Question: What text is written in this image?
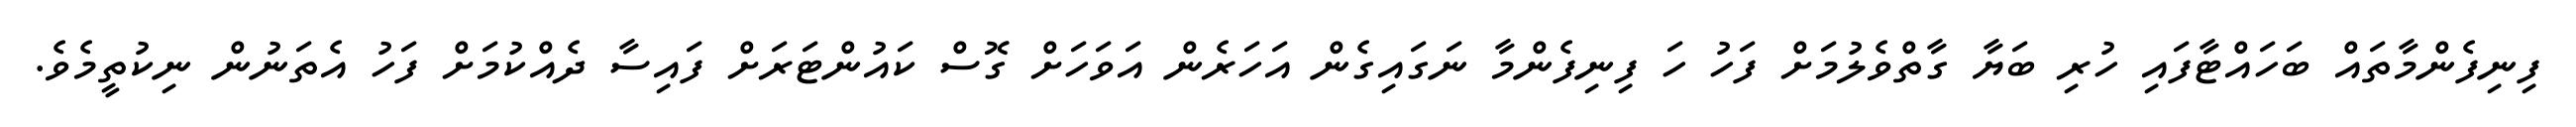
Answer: ފިނިފެންމާތައް ބަހައްޓާފައި ހުރި ބަޔާ ގާތްވެލުމަށް ފަހު ހަ ފިނިފެންމާ ނަގައިގެން އަހަރެން އަވަހަށް ގޮސް ކައުންޓަރަށް ފައިސާ ދެއްކުމަށް ފަހު އެތަނުން ނިކުތީމެވެ.